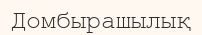
Домбырашылық